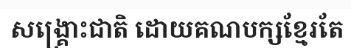
សង្គ្រោះជាតិ ដោយគណបក្សខ្មែរតែ